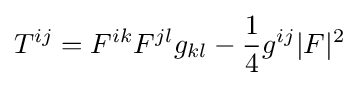
T^{ij}=F^{ik}F^{jl}g_{kl}-{\frac {1}{4}}g^{ij}|F|^{2}